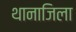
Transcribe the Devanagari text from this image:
थानाजिला